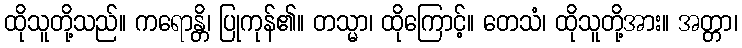
ထိုသူတို့သည်။ ကရောန္တိ၊ ပြုကုန်၏။ တသ္မာ၊ ထိုကြောင့်။ တေသံ၊ ထိုသူတို့အား။ အတ္တာ၊